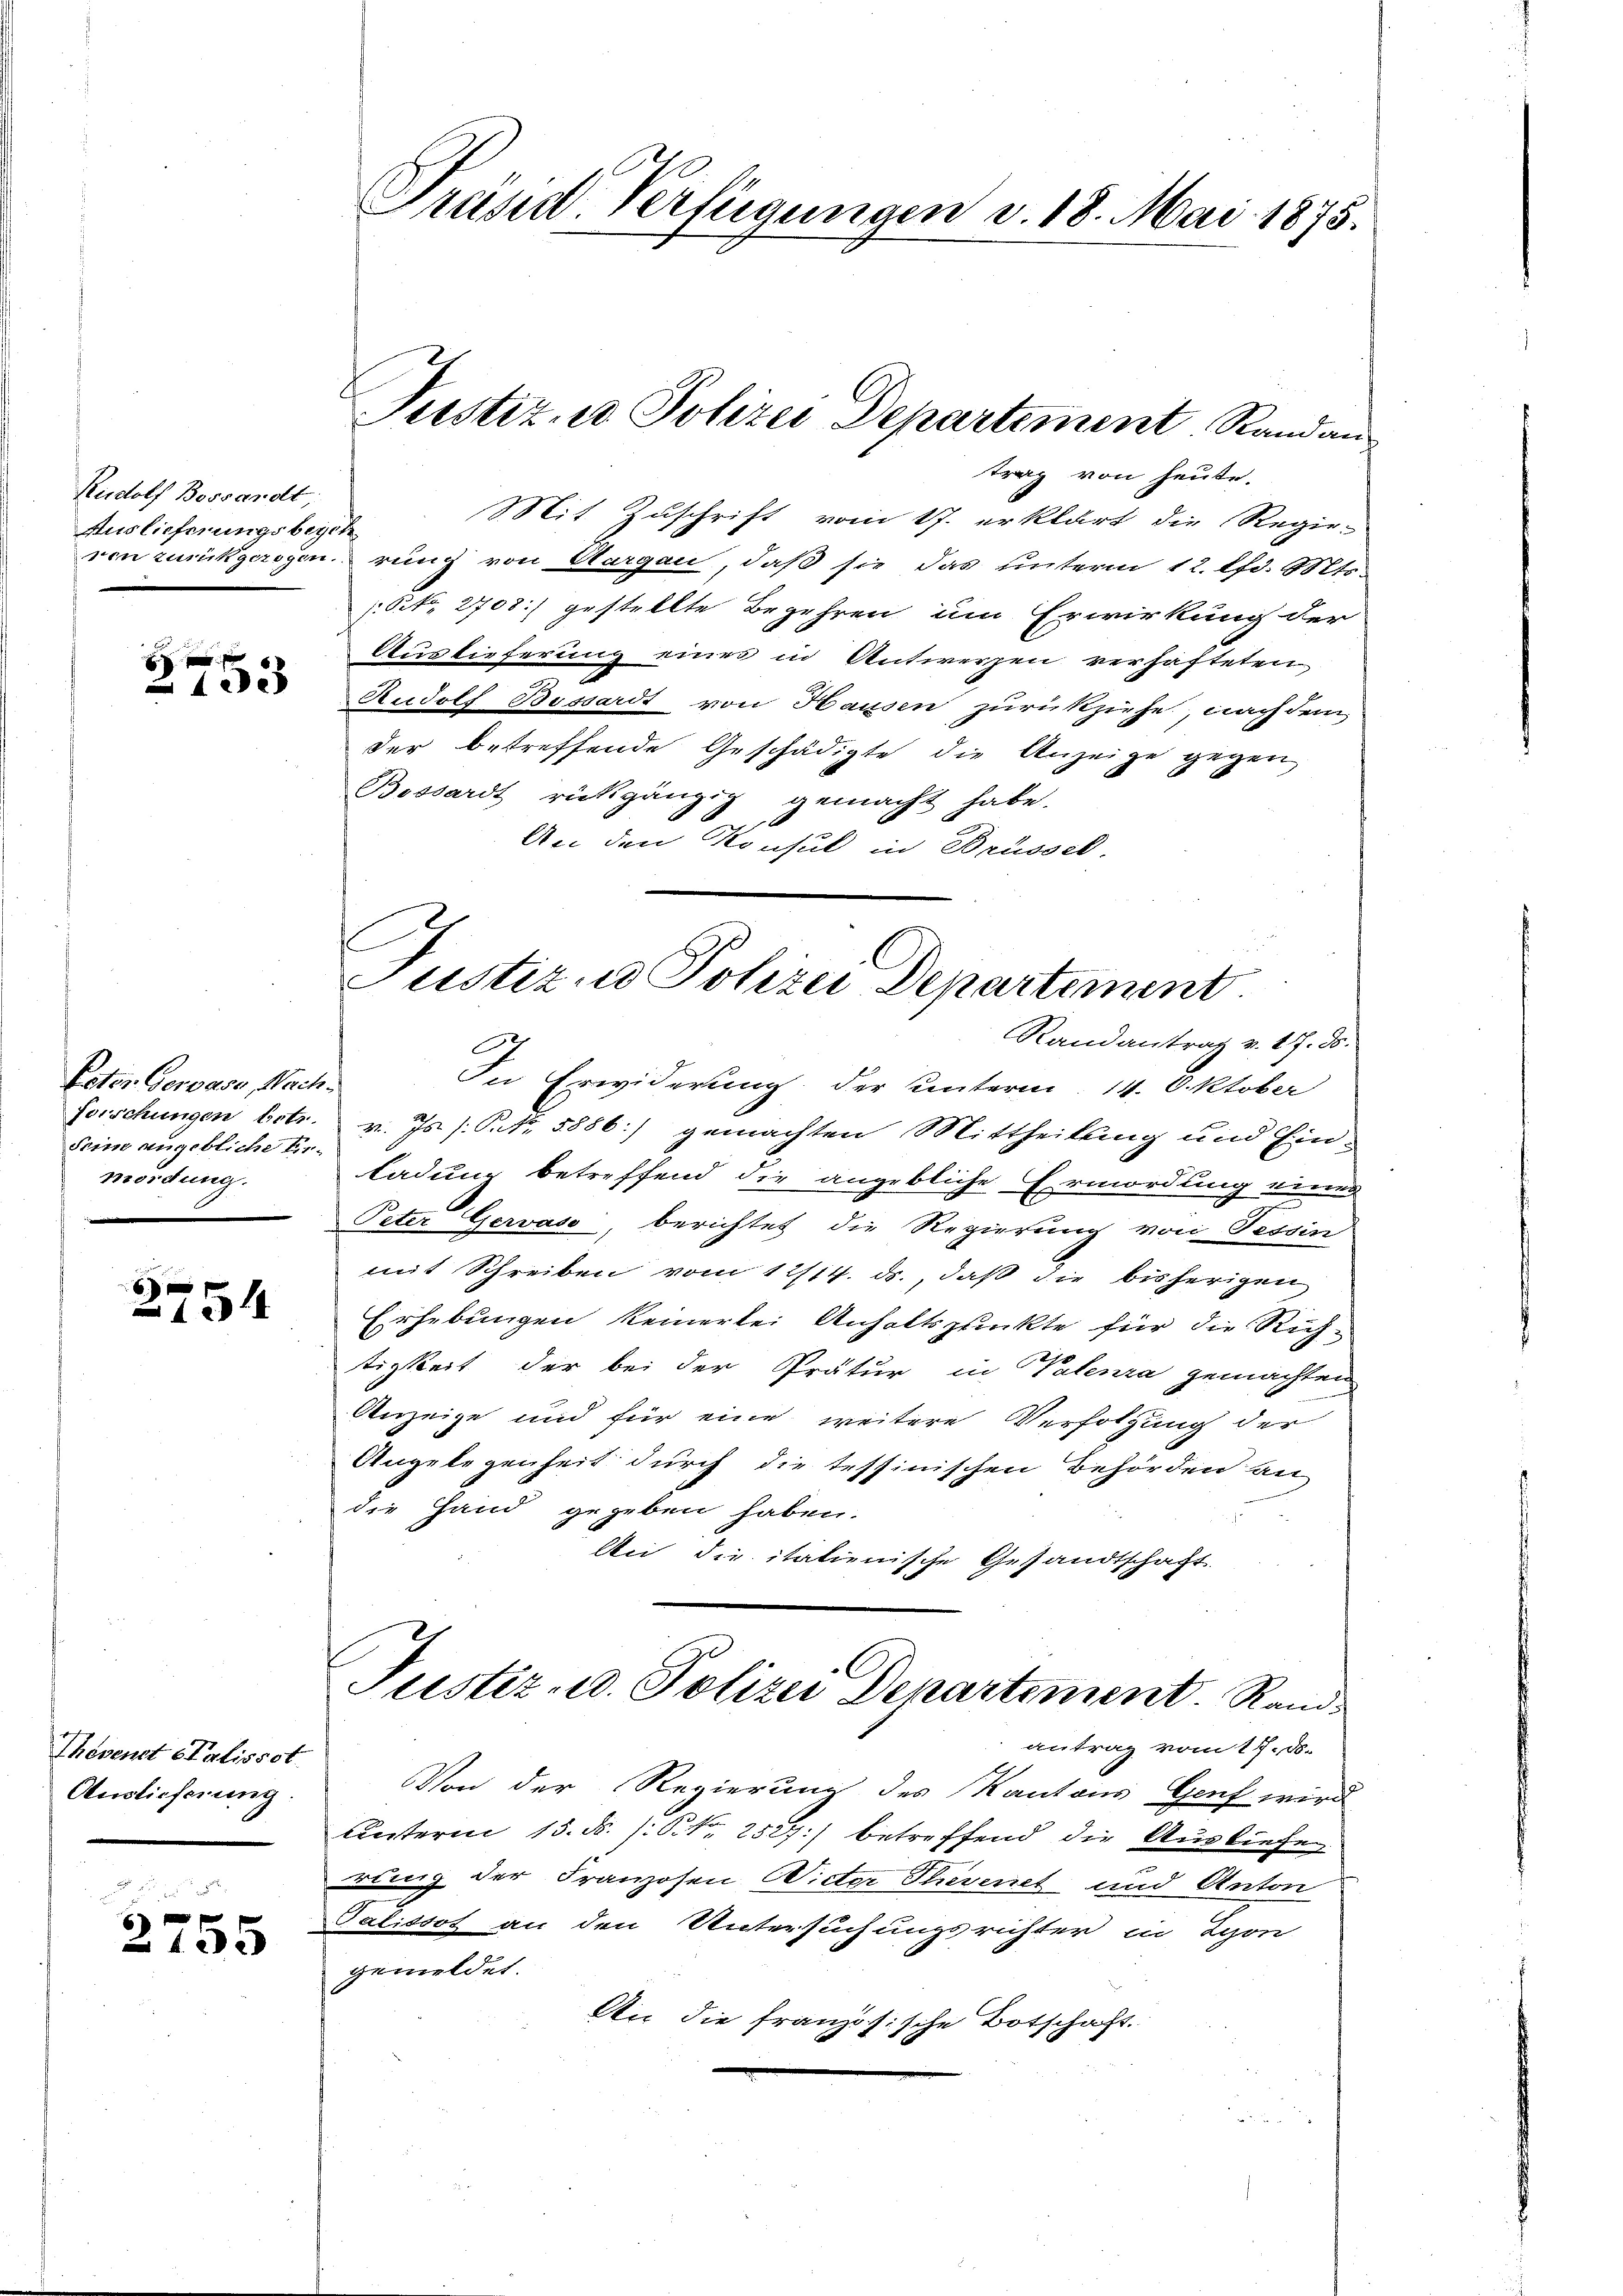
Rudolf Bossandt,
Auslieferungsbegeh

f xx
42

Ester Gervase, Nach¬
Seine angebliche Einmordung.
n

x
10

Thovenet Statissot
Auslieferung

6 x
135

Präsid. Verfügungen v. 18. Mai 1875.

Justiz, Polizei Departement, Randan

trag von heute.
Mit Zuschrift vom 17. erklärt die Regie-
ven zurückgersponirung von Aargau, daß sie das unterm 12. lfd. Mts.
Kk. 2708) gestellte Begehren um Erwirkung der
Auslieferung eines in Antwerzen verhafteten
Rudolf Bossardt von Hausen zurückziehe nach dem
der betreffende Geschädigte die Anzeige gegen
Bossardt rückgängig gemacht habe.
An den Konsul in Brüssel

Justiz und Polizei Departement.
Randantrag v. 17. ds.
G

In Erwiderung der Unterm 14. Oktober
Forschungen Ertr. v. Js. /: Pkt. 1886:/ gemachten Mittheilung und Einladung betreffend die angebliche Ermordung eines
Peter Gervaso, berichtet die Regierung von Tessin
mit Schreiben vom 12/14. ds., daß die bisherigen
Erhebungen keinerlei Anhaltspunkte für die Richtigkeit der bei der Prätur in Valenza gemachten
Anzeige und für eine weitere Verfolgung der
Angelegenheit durch die tessinischen Behörden an
die Hand gegeben haben.
An die italienische Gesandtschaft
Justiz- u. Polizei Departement. Rand
antrag vom 17. ds.
Von der Regierung des Kantons Genf wird
Unterm 15. d. /: P. Nr. 2527) betreffend die Ausliefen
rung der Franzosen Wieter Plevenet und Anton
Talissot an den Untersuchungsrichter in Lyon
gemeldet.
An die französische Botschaft.